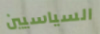
السياسيين